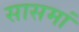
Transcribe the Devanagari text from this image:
सासमां